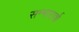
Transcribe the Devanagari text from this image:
सन्मारार्थ